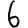
Digit: 6